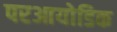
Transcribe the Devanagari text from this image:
परआयोडिक